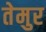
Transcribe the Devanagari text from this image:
तेमुर